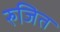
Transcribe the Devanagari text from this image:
रुजित